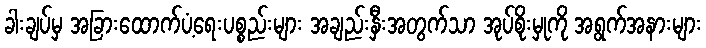
ခါးချပ်မှ အခြားထောက်ပံ့ရေးပစ္စည်းများ အချည်းနှီးအတွက်သာ အုပ်စိုးမှုကို အရွက်အနားများ